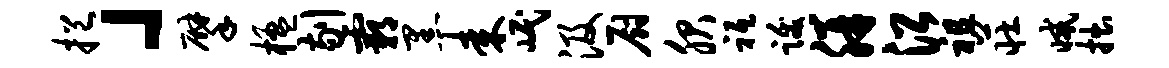
挹」擘楹剔霸黑耒岷汲厨服祗跋胼沿祖庄减拙